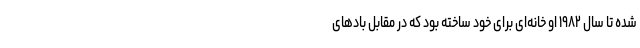
شده تا سال ۱۹۸۲ او خانه‌ای برای خود ساخته بود که در مقابل باد‌های